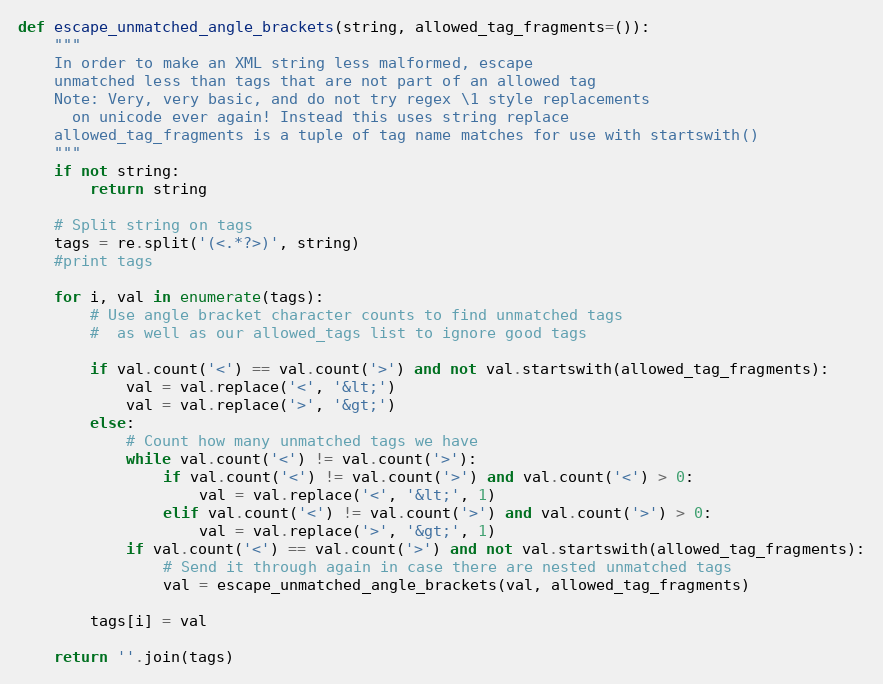
Language: Python
def escape_unmatched_angle_brackets(string, allowed_tag_fragments=()):
    """
    In order to make an XML string less malformed, escape
    unmatched less than tags that are not part of an allowed tag
    Note: Very, very basic, and do not try regex \1 style replacements
      on unicode ever again! Instead this uses string replace
    allowed_tag_fragments is a tuple of tag name matches for use with startswith()
    """
    if not string:
        return string

    # Split string on tags
    tags = re.split('(<.*?>)', string)
    #print tags

    for i, val in enumerate(tags):
        # Use angle bracket character counts to find unmatched tags
        #  as well as our allowed_tags list to ignore good tags

        if val.count('<') == val.count('>') and not val.startswith(allowed_tag_fragments):
            val = val.replace('<', '&lt;')
            val = val.replace('>', '&gt;')
        else:
            # Count how many unmatched tags we have
            while val.count('<') != val.count('>'):
                if val.count('<') != val.count('>') and val.count('<') > 0:
                    val = val.replace('<', '&lt;', 1)
                elif val.count('<') != val.count('>') and val.count('>') > 0:
                    val = val.replace('>', '&gt;', 1)
            if val.count('<') == val.count('>') and not val.startswith(allowed_tag_fragments):
                # Send it through again in case there are nested unmatched tags
                val = escape_unmatched_angle_brackets(val, allowed_tag_fragments)

        tags[i] = val

    return ''.join(tags)